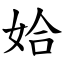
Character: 姶